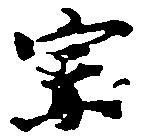
宗